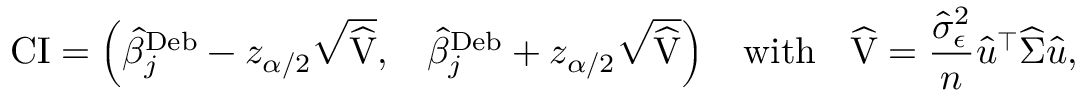
\small \mathrm { C I } = \left( \widehat { \beta } _ { j } ^ { \mathrm { D e b } } - z _ { \alpha / 2 } \sqrt { \widehat { \mathrm { V } } } , \quad \widehat { \beta } _ { j } ^ { \mathrm { D e b } } + z _ { \alpha / 2 } \sqrt { \widehat { \mathrm { V } } } \right) \quad \mathrm { w i t h } \quad \widehat { \mathrm { V } } = \frac { \widehat { \sigma } _ { \epsilon } ^ { 2 } } { n } \widehat { u } ^ { \intercal } \widehat { \Sigma } \widehat { u } ,